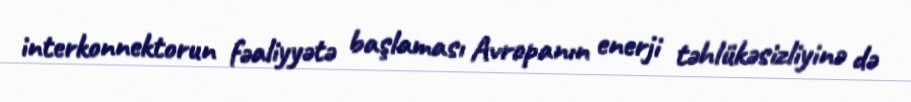
interkonnektorun fəaliyyətə başlaması Avropanın enerji təhlükəsizliyinə də